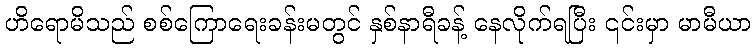
ဟိရောမိသည် စစ်ကြောရေးခန်းမတွင် နှစ်နာရီခန့် နေလိုက်ရပြီး ၎င်းမှာ မာမီယာ